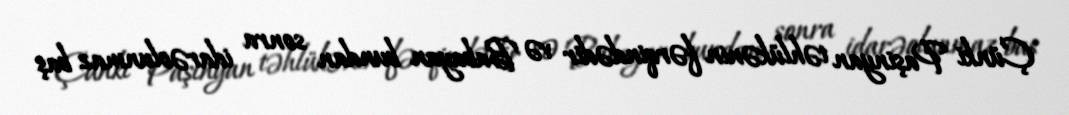
Çünki Paşinyan təhlükənin fərqindədir və Babayan bundan sonra idarəolunmaz baş